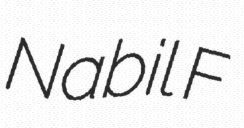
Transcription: Nabil F